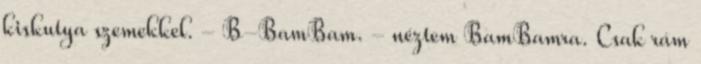
kiskutya szemekkel. - B-BamBam. - néztem BamBamra. Csak rám